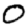
Digit: 0